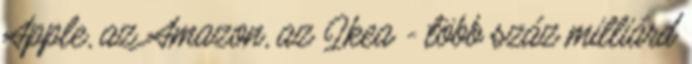
Apple, az Amazon, az Ikea - több száz milliárd